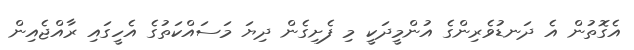
އެގޮތުން އެ ދަނޑުވެރިންގެ އުންމީދަކީ މި ފެށިގެން ދިޔަ މަސައްކަތުގެ އެހީގައި ރާއްޖެއިން